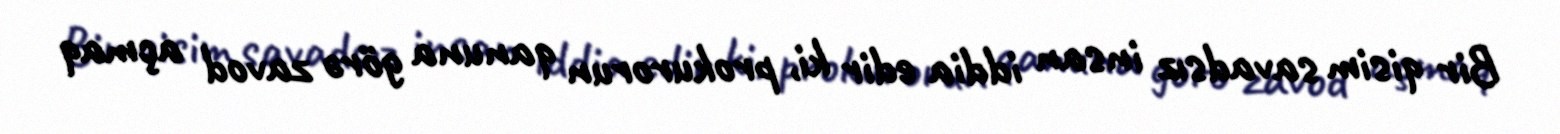
Bir qisim savadsız insan iddia edir ki, prokurorun qanuna görə zavod açmaq